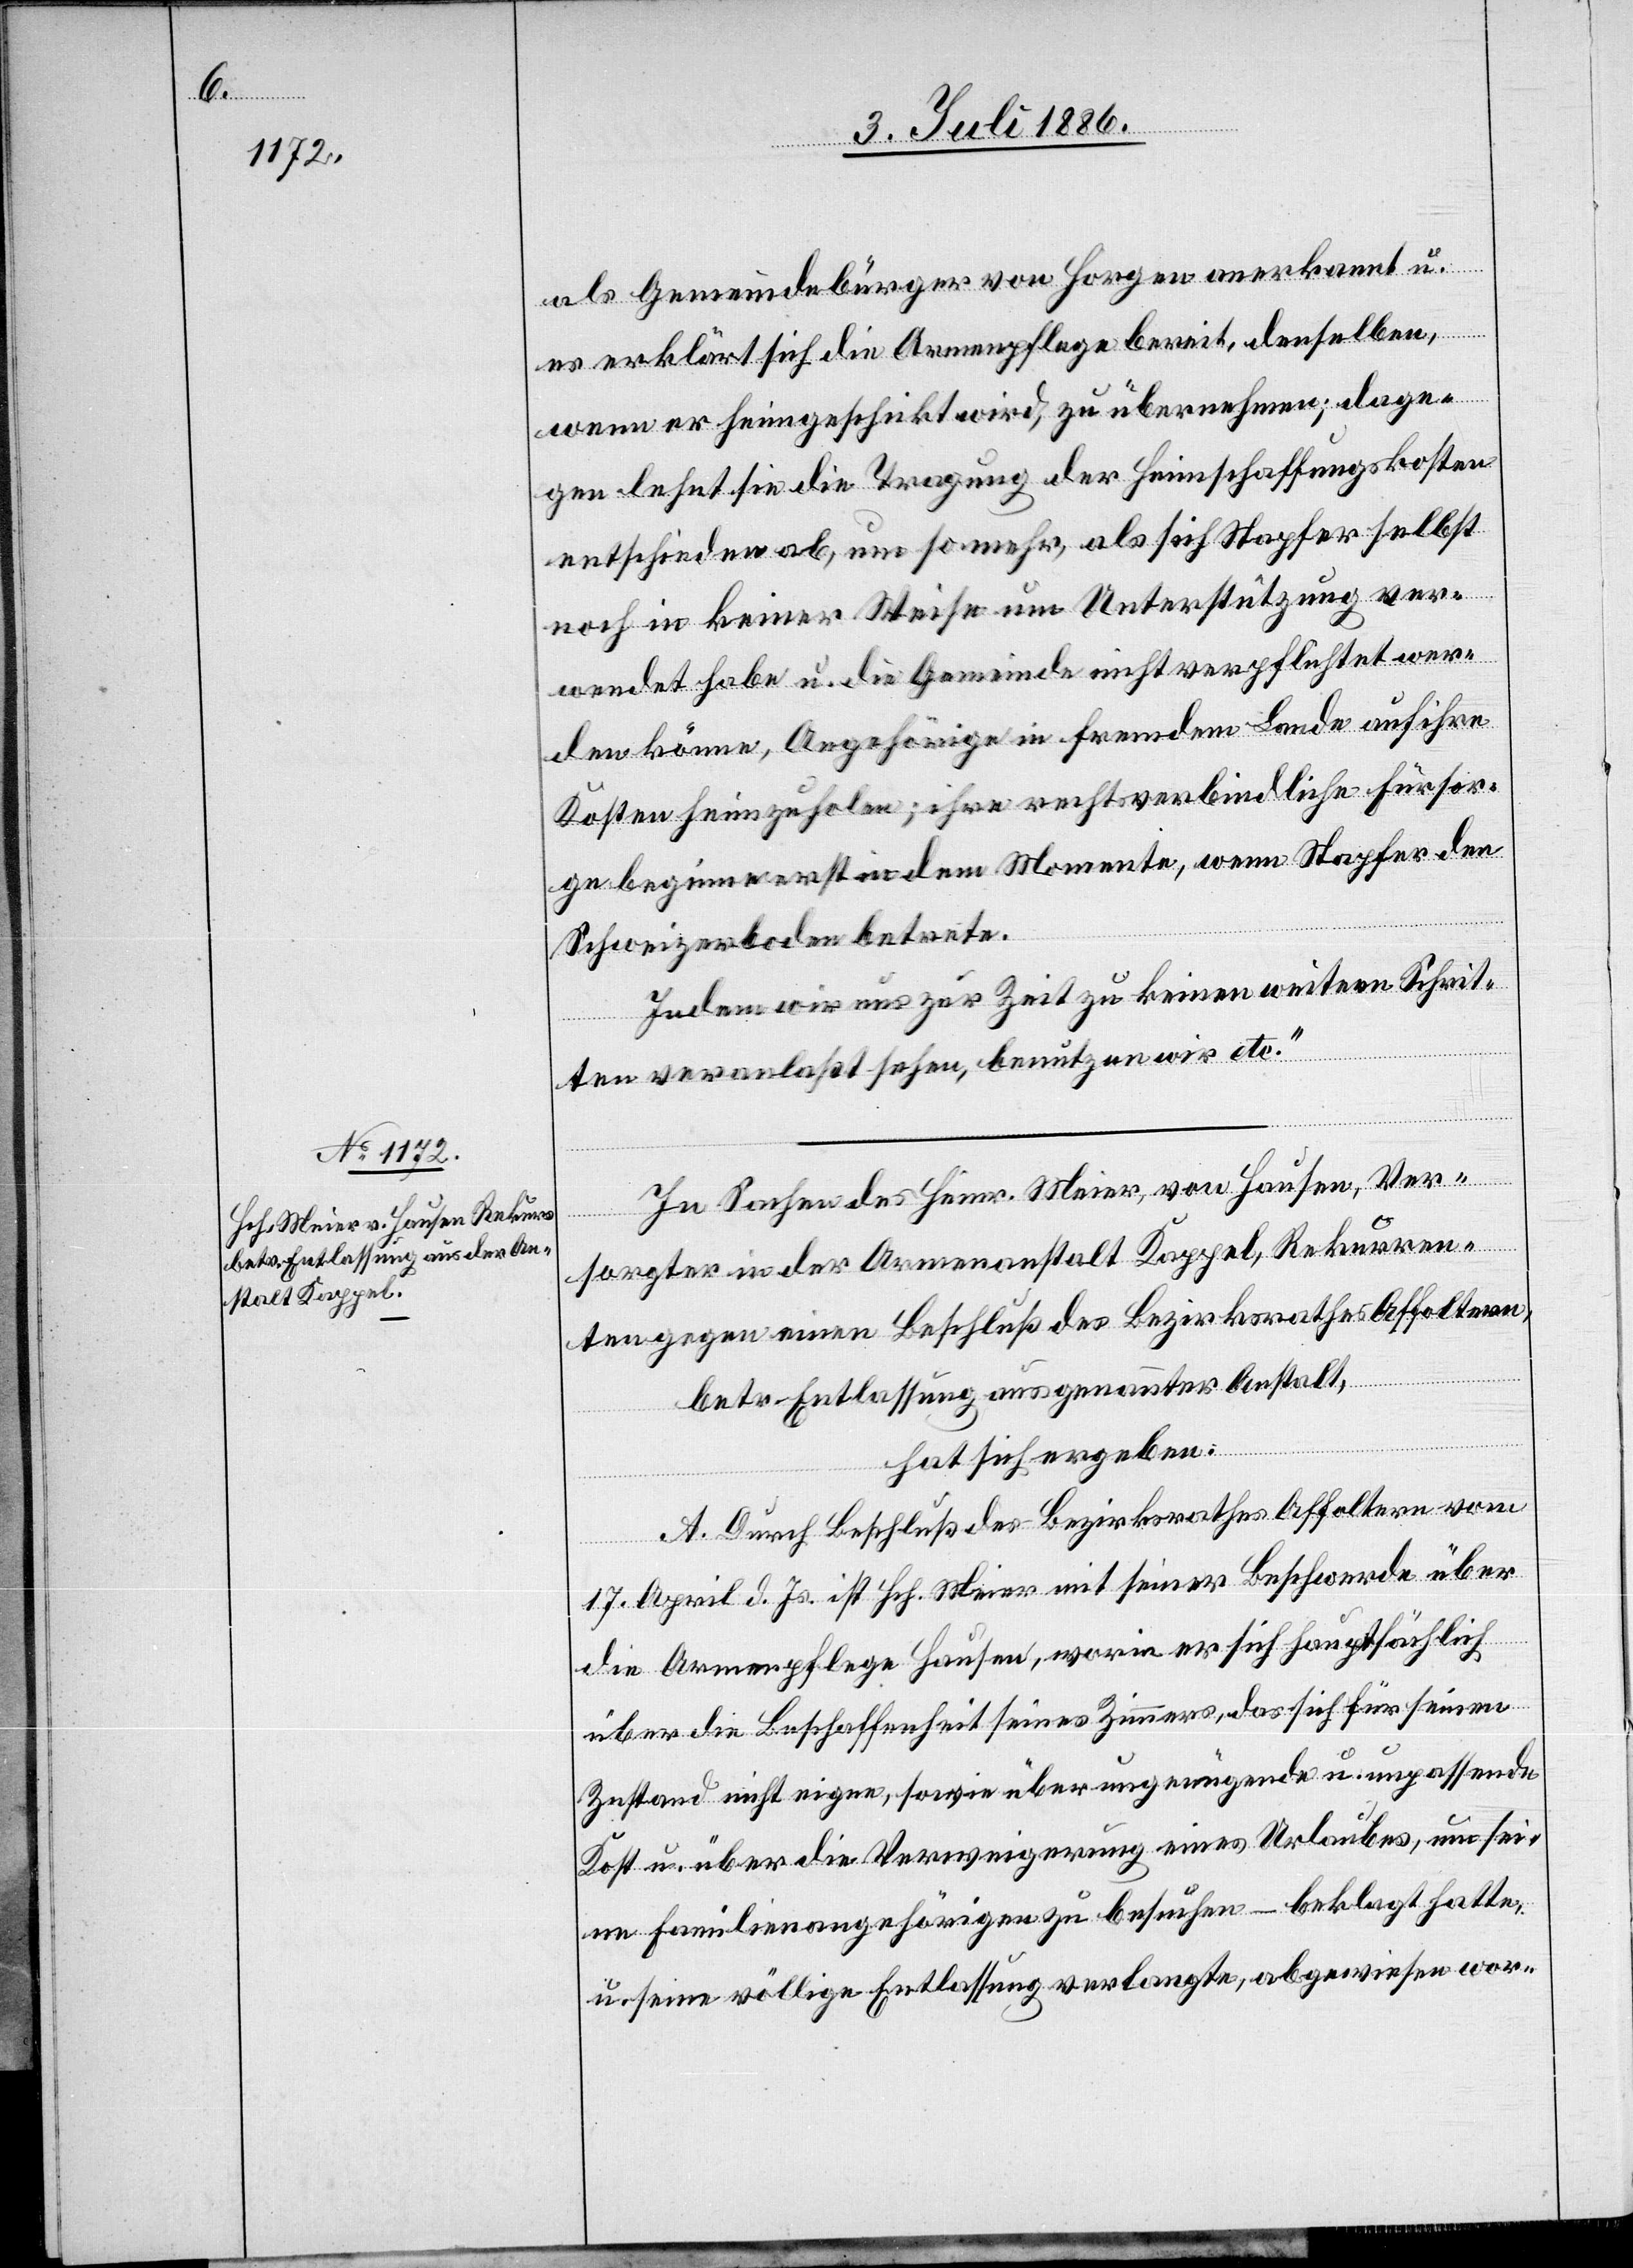
als Gemeindebürger von Horgen anerkannt u.
es erklärt sich die Armenpflege bereit, denselben,
wenn er heimgeschickt wird, zu übernehmen; dage¬
gen lehnt sie die Tragung der Heimschaffungskosten
entschieden ab, um so mehr, als sich Stapfer selbst
noch in keiner Weise um Unterstützung ver¬
wendet habe u. die Gemeinde nicht verpflichtet wer¬
den könne, Angehörige in fremdem Lande auf ihre
Kosten heimzuholen; ihre rechtsverbindliche Fürsor¬
ge beginne erst in dem Momente, wenn Stapfer den
Schweizerboden betrete.
Indem wir uns zur Zeit zu keinen weitern Schrit¬
ten veranlaßt sehen, benutzen wir etc.“
In Sachen des Heinr. Meier, von Hausen, Ver¬
sorgter in der Armenanstalt Kappel, Rekurren¬
ten gegen einen Beschluß des Bezirksrathes Affoltern,
betr. Entlassung aus genannter Anstalt,
hat sich ergeben:
A. Durch Beschluß des Bezirksrathes Affoltern vom
17. April d. Js. ist Hch. Meier mit seiner Beschwerde über
die Armenpflege Hausen, worin er sich hauptsächlich
über die Beschaffenheit seines Zimmers, das sich für seinen
Zustand nicht eigne, sowie über ungenügende u. unpassende
Kost u. über die Verweigerung eines Urlaubes, um sei¬
ne Familienangehörigen zu besuchen – beklagt hatte,
u. seine völlige Entlassung verlangte, abgewiesen wor-